Notes on vaccination in the North-West Frontier Province 1923-1928 - 1923-1928
Year: 1923
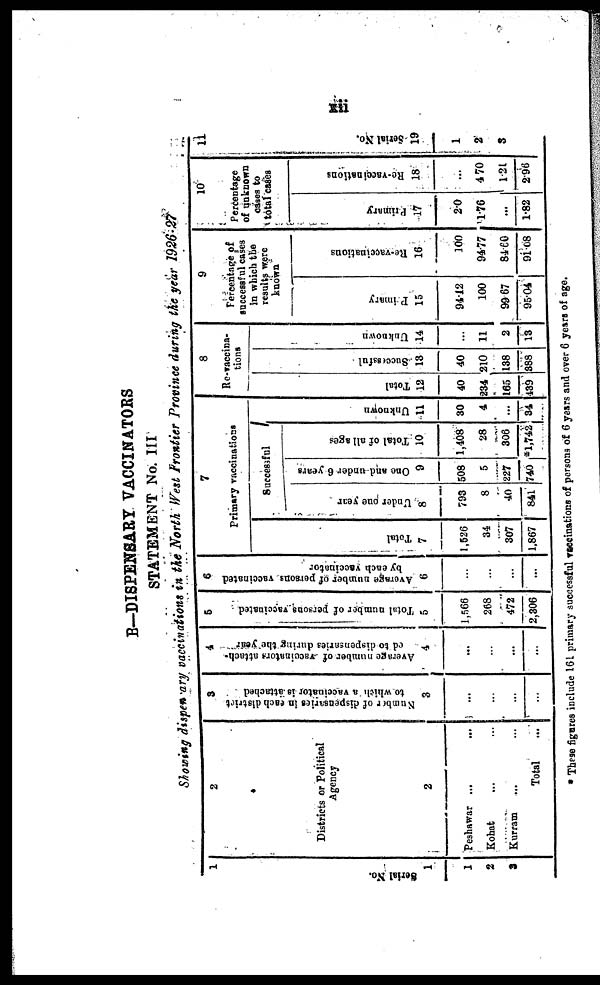
xii
B—DISPENSARY VACCINATORS
STATEMENT No. III
Showing dispensary vaccinations in the North West Frontier Province during the year 1926-27
1
Serial No.
1
1
2
3
2
Districts or Political
Agency
2
Peshawar ... ...
Kohat ... ...
Kurram ... ...
Total ...
3
Number of dispensaries in each district
to which a vaccinator is attached
3
...
...
...
...
4
Average number of vaccinators attach-
ed to dispensaries during the year
4
...
...
...
...
5
Total number of persona vaccinated
5
1,566
268
472
2,306
6
Average number of persons vaccinated
by each vaccinator
6
...
...
...
...
7
8
Primary vaccinations
Total
7
1,526
34
307
1,867
Successful
Under one year
8
793
8
40
841
One and under 6 years
9
508
5
227
740
Total of all ages
10
1,408
28
306
*1,742
Unknown
11
30
4
...
34
Re-vaccina-
tions
Total
12
40
234
165
439
Successful
13
40
210
138
388
Unknown
14
...
11
2
13
9
Percentage of
successful cases
in which the
results were
known
Primary
15
94.12
100
99.67
95.04
Re-vaccinations
16
100
94.77
84.60
91.08
10
Percentage
of unknown
cases to
total cases
Primary
17
2.0
1.76
...
1.82
Re-vaccinations
18
...
4.70
1.21
2.96
11
Serial No.
19
1
2
3
* These figures include 161 primary successful vaccinations of persons of 6 years and over 6 years of age.